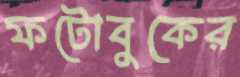
ফটোবুকের